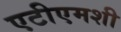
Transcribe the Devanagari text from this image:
एटीएमशी